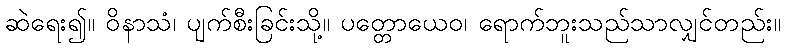
ဆဲရေး၍။ ဝိနာသံ၊ ပျက်စီးခြင်းသို့။ ပတ္တောယေဝ၊ ရောက်ဘူးသည်သာလျှင်တည်း။